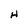
Character: H